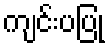
ကျင်းပပြု